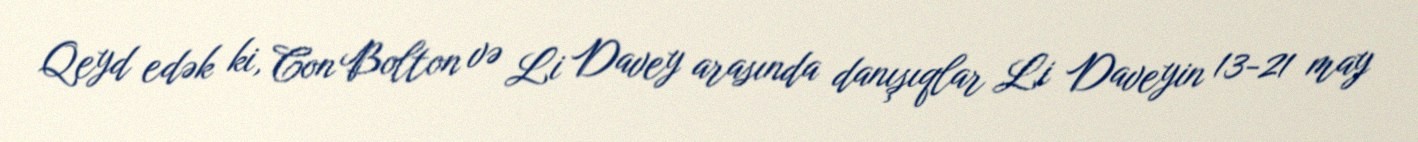
Qeyd edək ki, Con Bolton və Li Davey arasında danışıqlar Li Daveyin 13-21 may